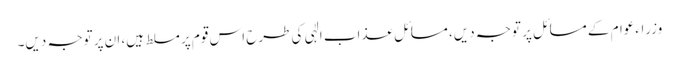
وزراءعوام کے مسائل پر توجہ دیں، مسائل عذاب الٰہی کی طرح اس قوم پر مسلط ہیں، ان پر توجہ دیں۔